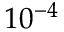
1 0 ^ { - 4 }